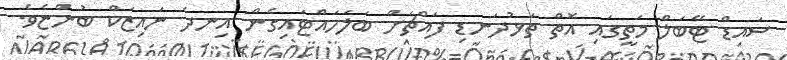
ސައިޑް ޓޭބަލް މަތީގައި އޮތް ތަޅުދަނޑި ފައްޗަށް ބަލަހައްޓައިގެން އިނދެ ނައިޒަކް ބުންޏެވެ.